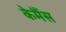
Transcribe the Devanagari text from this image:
केमैंस